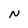
Character: N